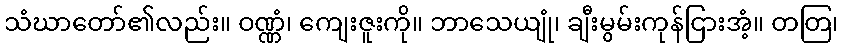
သံဃာတော်၏လည်း။ ဝဏ္ဏံ၊ ကျေးဇူးကို။ ဘာသေယျုံ၊ ချီးမွမ်းကုန်ငြားအံ့။ တတြ၊